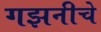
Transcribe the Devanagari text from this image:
गझनीचे